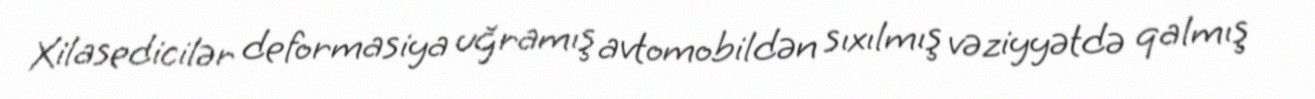
Xilasedicilər deformasiya uğramış avtomobildən sıxılmış vəziyyətdə qalmış